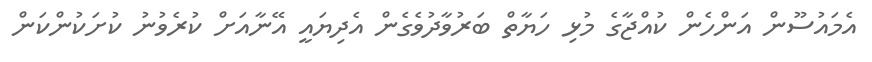
އެމައުސޫން އަންހެން ކުއްޖާގެ މުޅި ހަޔާތް ބަރުވާދުވެގެން އެދިޔައީ އޭނާއަށް ކުރެވުނު ކުށަކުންކަން